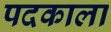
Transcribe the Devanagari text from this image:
पदकाला